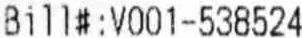
BILL#:V001-538524